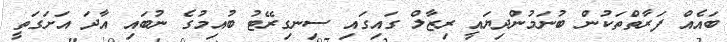
ބައެއް ފަރާތްތަކުން ބުނަމުންދިޔައީ ރިޒާލް ގައިގައި ސިނގިރޭޓު ބުއިމުގެ ނުބައި އާދަ އަށަގަތީ